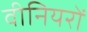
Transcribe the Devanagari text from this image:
वीनियरों